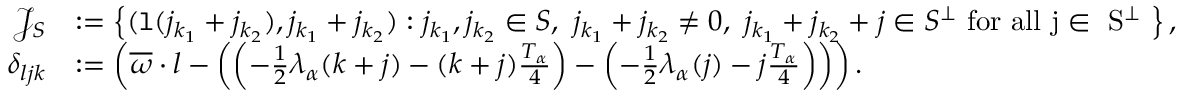
\begin{array} { r l } { \mathcal { J } _ { S } } & { : = \left\{ ( \mathtt { l } ( j _ { k _ { 1 } } + j _ { k _ { 2 } } ) , j _ { k _ { 1 } } + j _ { k _ { 2 } } ) : j _ { k _ { 1 } } , j _ { k _ { 2 } } \in S , \ j _ { k _ { 1 } } + j _ { k _ { 2 } } \ne 0 , \ j _ { k _ { 1 } } + j _ { k _ { 2 } } + j \in S ^ { \perp } \mathrm { ~ f o r ~ a l l ~ j \in ~ S ^ \perp ~ } \right\} , } \\ { \delta _ { l j k } } & { : = \left( \overline { { \omega } } \cdot l - \left( \left( - \frac { 1 } { 2 } \lambda _ { \alpha } ( k + j ) - ( k + j ) \frac { T _ { \alpha } } 4 \right) - \left( - \frac { 1 } { 2 } \lambda _ { \alpha } ( j ) - j \frac { T _ { \alpha } } 4 \right) \right) \right) . } \end{array}